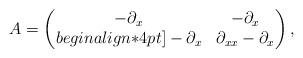
LaTeX: \begin{align*}A=\begin{pmatrix}-\partial_x & -\partial_x\\begin{align*}4pt]-\partial_x & \partial_{xx}-\partial_x\end{pmatrix},\end{align*}